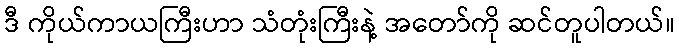
ဒီ ကိုယ်ကာယကြီးဟာ သံတုံးကြီးနဲ့ အတော်ကို ဆင်တူပါတယ်။